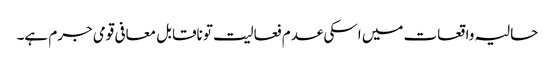
حالیہ واقعات میں اسکی عدم فعالیت تو ناقابل معافی قومی جرم ہے۔